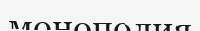
монополия